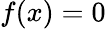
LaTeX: f(x)=0